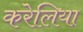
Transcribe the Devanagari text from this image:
करेलिया